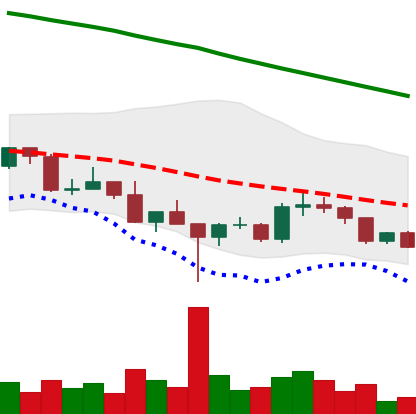
Ticker: DOGE-USD
Chart end date: 2022-03-06
Forward return: -4.276%
Label: down_3_5